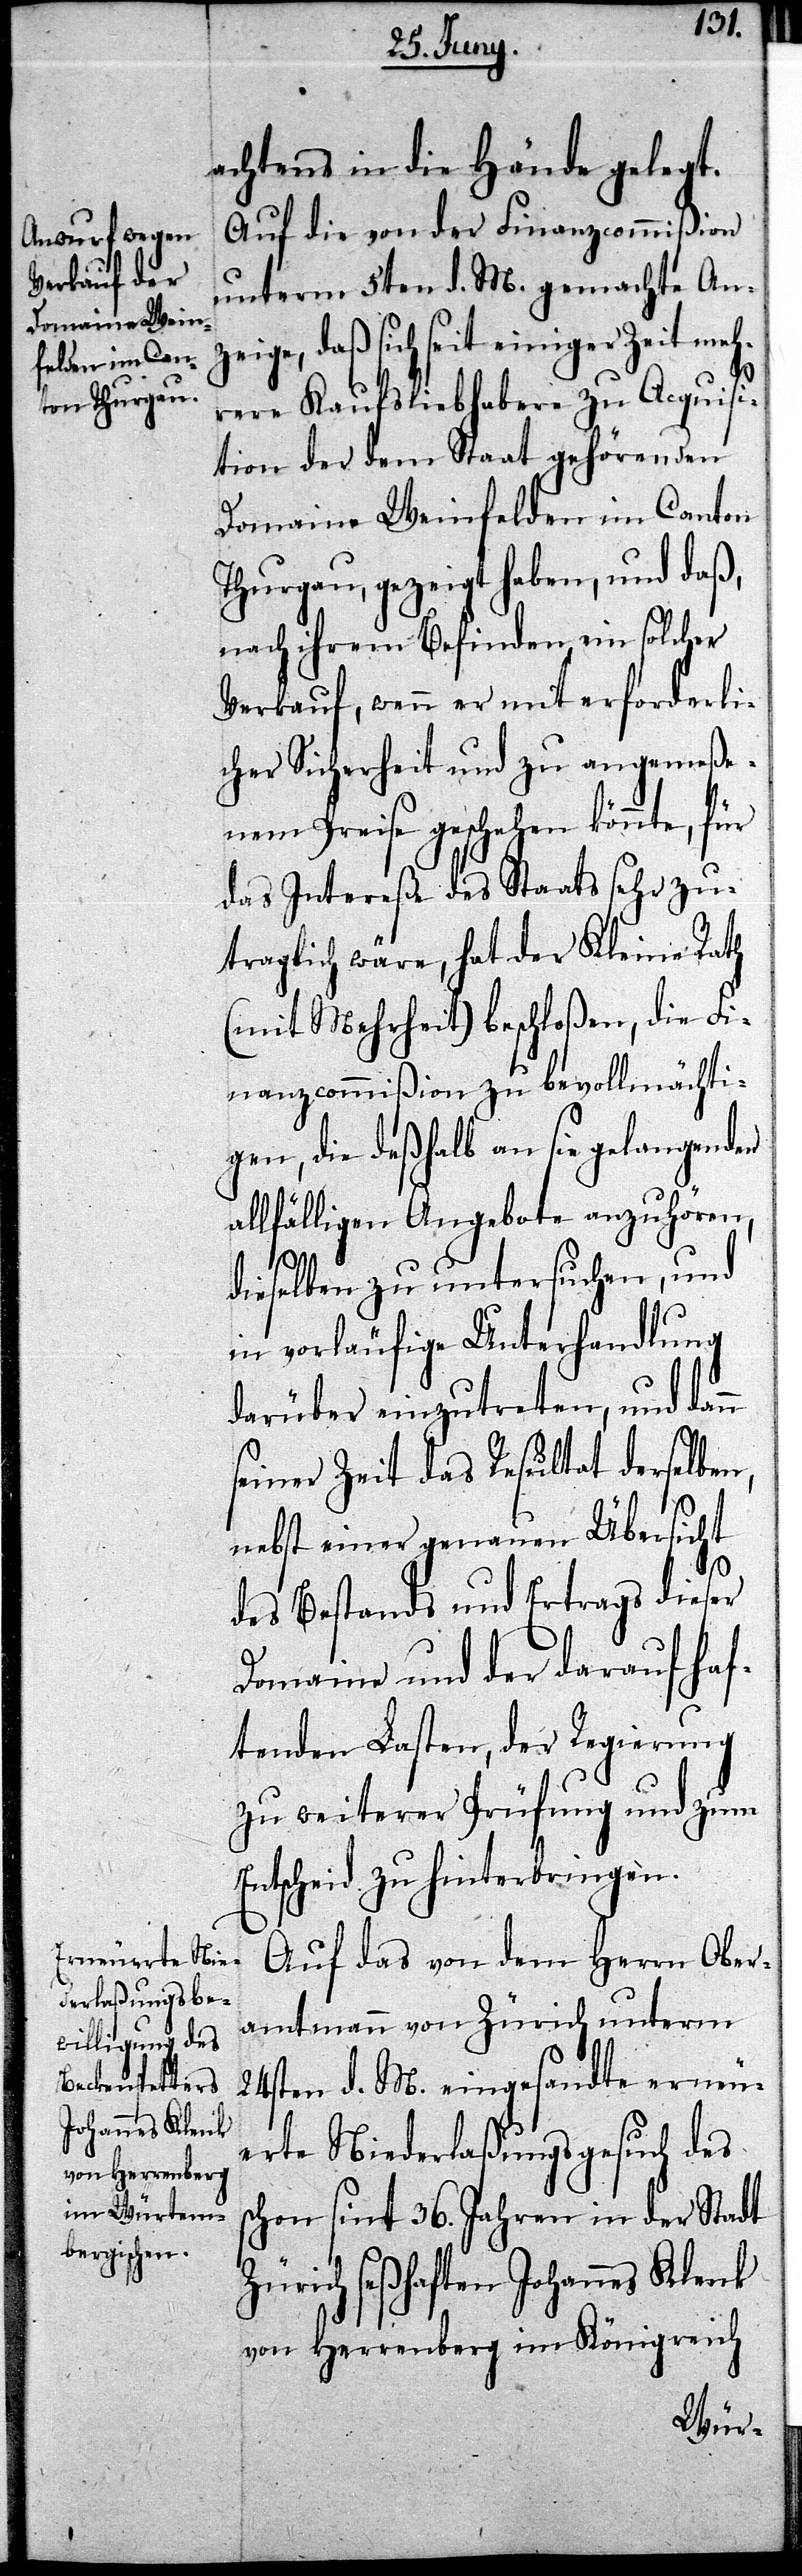
achtens in die Hände gelegt.
Auf die von der Finanzcommißion
unterm 5ten d. M. gemachte An¬
seit einiger Zeit meh¬
rere Kaufsliebhaber zu Acquisi¬
tion der dem Staat gehörenden
Domaine Weinfelden im Canton
Thurgau, gezeigt haben, und daß,
nach ihrem Befinden ein solcher
Verkauf, wenn er mit erforderli¬
cher Sicherheit und zu angemeße¬
nem Preise geschehen könnte, für
das Intereße des Staates sehr zu¬
traglich wäre, hat der Kleine Rath
(mit Mehrheit) beschloßen, die Fi¬
nanzcommißion zu bevollmächti¬
gen, die deßhalb an sich gelangenden
allfälligen Angebote anzuhören,
dieselben zu untersuchen, und
in vorläufige Unterhandlung
darüber einzutreten, und dann
seiner Zeit das Resultat derselben,
nebst einer genauen Übersicht
des Bestands und Ertrags dieser
Domaine und der darauf haf¬
tenden Lasten, der Regierung
zu weiterer Prüfung und zum
Entscheid zu hinterbringen.
Auf das von dem Herrn Ober¬
amtmann von Zürich unterm
24sten d. M. eingesandte erneu¬
erte Niederlaßungsgesuch des
schon sint 36. Jahren in der Stadt
Zürich seßhaften Johannes Klenk
von Herrenberg im Königreich